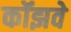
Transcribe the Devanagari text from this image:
कॉझवे